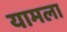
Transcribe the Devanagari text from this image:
यामला